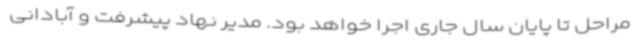
مراحل تا پایان سال جاری اجرا خواهد بود. مدیر نهاد پیشرفت و آبادانی